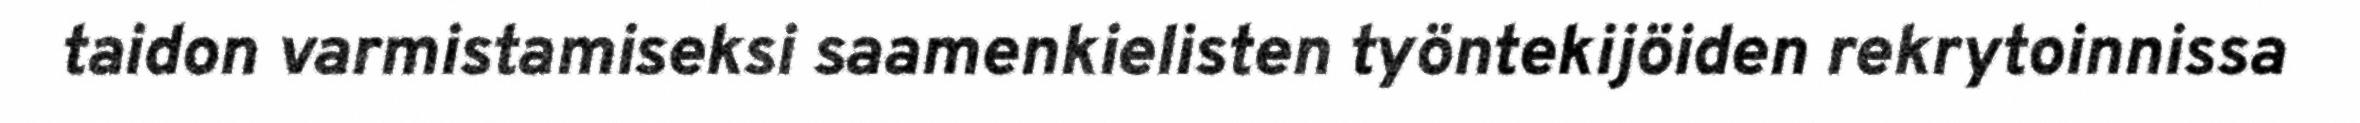
taidon varmistamiseksi saamenkielisten työntekijöiden rekrytoinnissa